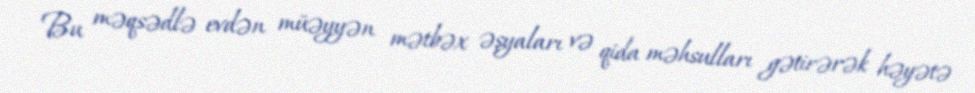
Bu məqsədlə evdən müəyyən mətbəx əşyaları və qida məhsulları gətirərək həyətə